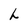
Character: h